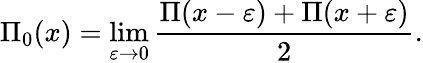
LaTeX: \Pi_{0}(x)=\operatorname*{lim}_{\varepsilon\to 0}{\frac{\Pi(x-\varepsilon)+\Pi(x+\varepsilon)}{2}}.